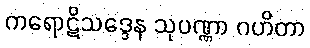
ကရောဋိသဒ္ဒေန သုပဏ္ဏာ ဂဟိတာ